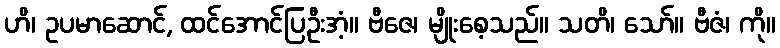
ဟိ၊ ဥပမာဆောင်, ထင်အောင်ပြဦးအံ့။ ဗီဇေ၊ မျိုးစေ့သည်။ သတိ၊ သော်။ ဗီဇံ၊ ကို။